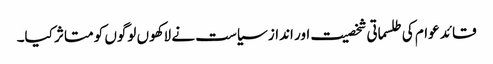
قائد عوام کی طلسماتی شخصیت اور انداز سیاست نے لاکھوں لوگوں کو متاثر کیا۔